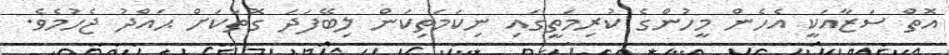
އޮތް ސަޒާއަކީ އެހެން މީހުންގެ ކުރިމަތީގައި ނިކަމަތިކަން ލިބޭފަދަ ގޮތަކަށް ޙައްދު ޖެހުމެވެ.